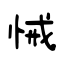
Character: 悈